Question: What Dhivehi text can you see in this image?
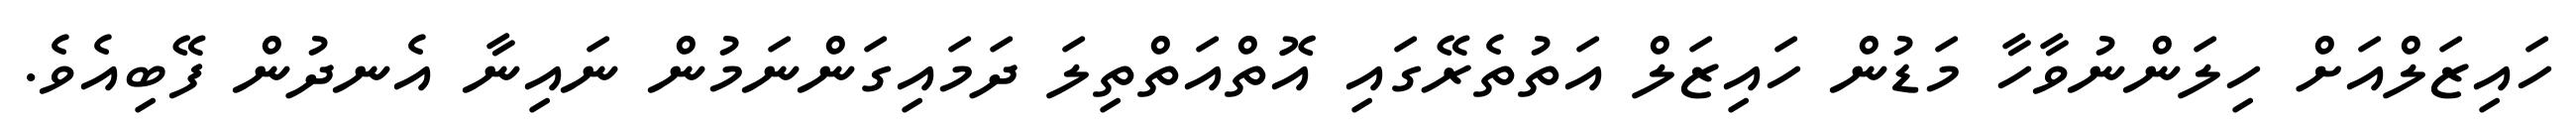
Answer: ހައިޒަލްއަށް ހިލަންނުވާހާ މަޑުން ހައިޒަލް އަތުތެރޭގައި އޮތްއަތްތިލަ ދަމައިގަންނަމުން ނައިނާ އެނދުން ފޭބިއެވެ.